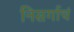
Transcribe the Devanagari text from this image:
निसर्गाचं